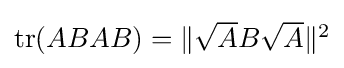
{\textstyle \operatorname {tr} (ABAB)=\|{\sqrt {A}}B{\sqrt {A}}\|^{2}}